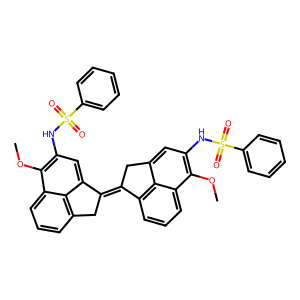
SMILES: COc1c(NS(=O)(=O)c2ccccc2)cc2c3c(cccc13)C(=C1Cc3cccc4c(OC)c(NS(=O)(=O)c5ccccc5)cc1c34)C2
Inhibits HIV replication: No